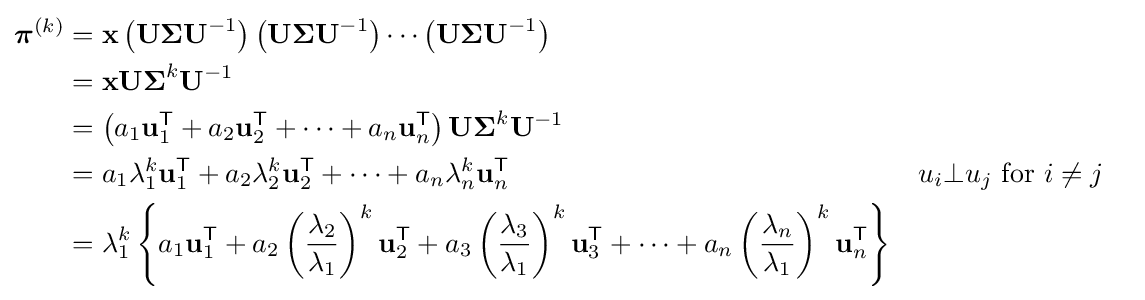
{\begin{aligned}{\boldsymbol {\pi }}^{(k)}&=\mathbf {x} \left(\mathbf {U\Sigma U} ^{-1}\right)\left(\mathbf {U\Sigma U} ^{-1}\right)\cdots \left(\mathbf {U\Sigma U} ^{-1}\right)\\&=\mathbf {xU\Sigma } ^{k}\mathbf {U} ^{-1}\\&=\left(a_{1}\mathbf {u} _{1}^{\mathsf {T}}+a_{2}\mathbf {u} _{2}^{\mathsf {T}}+\cdots +a_{n}\mathbf {u} _{n}^{\mathsf {T}}\right)\mathbf {U\Sigma } ^{k}\mathbf {U} ^{-1}\\&=a_{1}\lambda _{1}^{k}\mathbf {u} _{1}^{\mathsf {T}}+a_{2}\lambda _{2}^{k}\mathbf {u} _{2}^{\mathsf {T}}+\cdots +a_{n}\lambda _{n}^{k}\mathbf {u} _{n}^{\mathsf {T}}&&u_{i}\bot u_{j}{\text{ for }}i\neq j\\&=\lambda _{1}^{k}\left\{a_{1}\mathbf {u} _{1}^{\mathsf {T}}+a_{2}\left({\frac {\lambda _{2}}{\lambda _{1}}}\right)^{k}\mathbf {u} _{2}^{\mathsf {T}}+a_{3}\left({\frac {\lambda _{3}}{\lambda _{1}}}\right)^{k}\mathbf {u} _{3}^{\mathsf {T}}+\cdots +a_{n}\left({\frac {\lambda _{n}}{\lambda _{1}}}\right)^{k}\mathbf {u} _{n}^{\mathsf {T}}\right\}\end{aligned}}